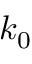
k _ { 0 }